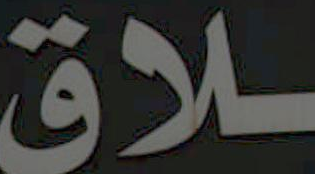
ـلاق